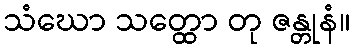
သံဃော သတ္ထော တု ဇန္တုနံ။